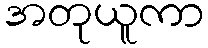
အတုယူကာ